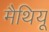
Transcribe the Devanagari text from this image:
मैथियू